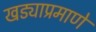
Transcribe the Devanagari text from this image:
खड्याप्रमाणे